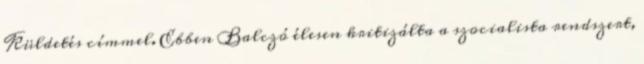
Küldetés címmel. Ebben Balczó élesen kritizálta a szocialista rendszert,